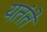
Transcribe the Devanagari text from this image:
यतंते